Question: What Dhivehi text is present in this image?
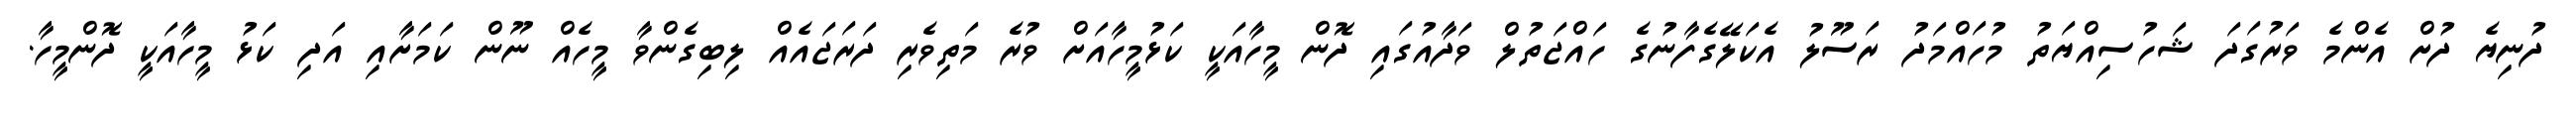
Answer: ދުނިޔެ ދުށް އެންމެ ވަރުގަދަ ޝަހުސިއްޔަތު މުހައްމަދު ރަސޫލު އެކަލޭގެފާނުގެ ހައްޖަތުލް ވަދާއުގައި ދޮން މީހާއަކީ ކަޅުމީހާއަށް ވުރެ މަތިވެރި ދަރަޖައެއް ލިބިގެންވާ މީހެއް ނޫން ކަމަށާއި އަދި ކަޅު މީހާއަކީ ދޮންމީހާ.